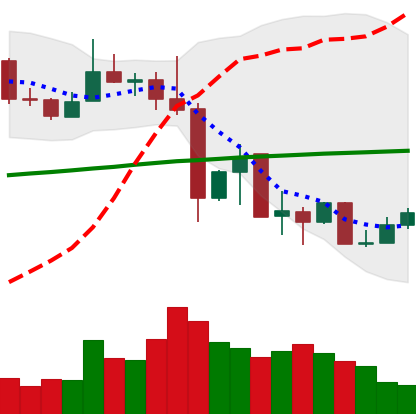
Ticker: XLM-USD
Chart end date: 2019-07-07
Forward return: -6.75%
Label: down_5_7